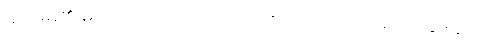
(၃) မိမိ၏ မကောင်းသတင်းကို မေးသော်လည်း မပြောဆိုခြင်း။